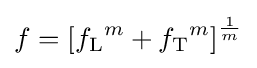
f=\left[{f_{\text{L}}}^{m}+{f_{\text{T}}}^{m}\right]^{\frac {1}{m}}